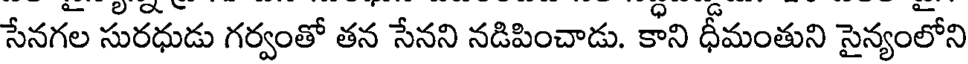
సేనగల సురధుడు గర్వంతో తన సేనని నడిపించాడు. కాని ధీమంతుని సైన్యంలోని